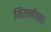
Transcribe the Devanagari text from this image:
मिलनोत्सव